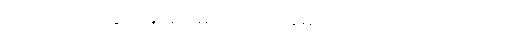
ပုဂ္ဂိုလ်ကို။ ဒိသွာ၊ မြင်၍။ မာတရံဝါ၊ အမိကိုလည်းကောင်း။ ပိတရံဝါ၊